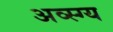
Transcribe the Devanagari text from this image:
अव्स्ग्य